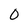
Character: 0